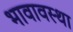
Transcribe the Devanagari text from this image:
भावावस्था